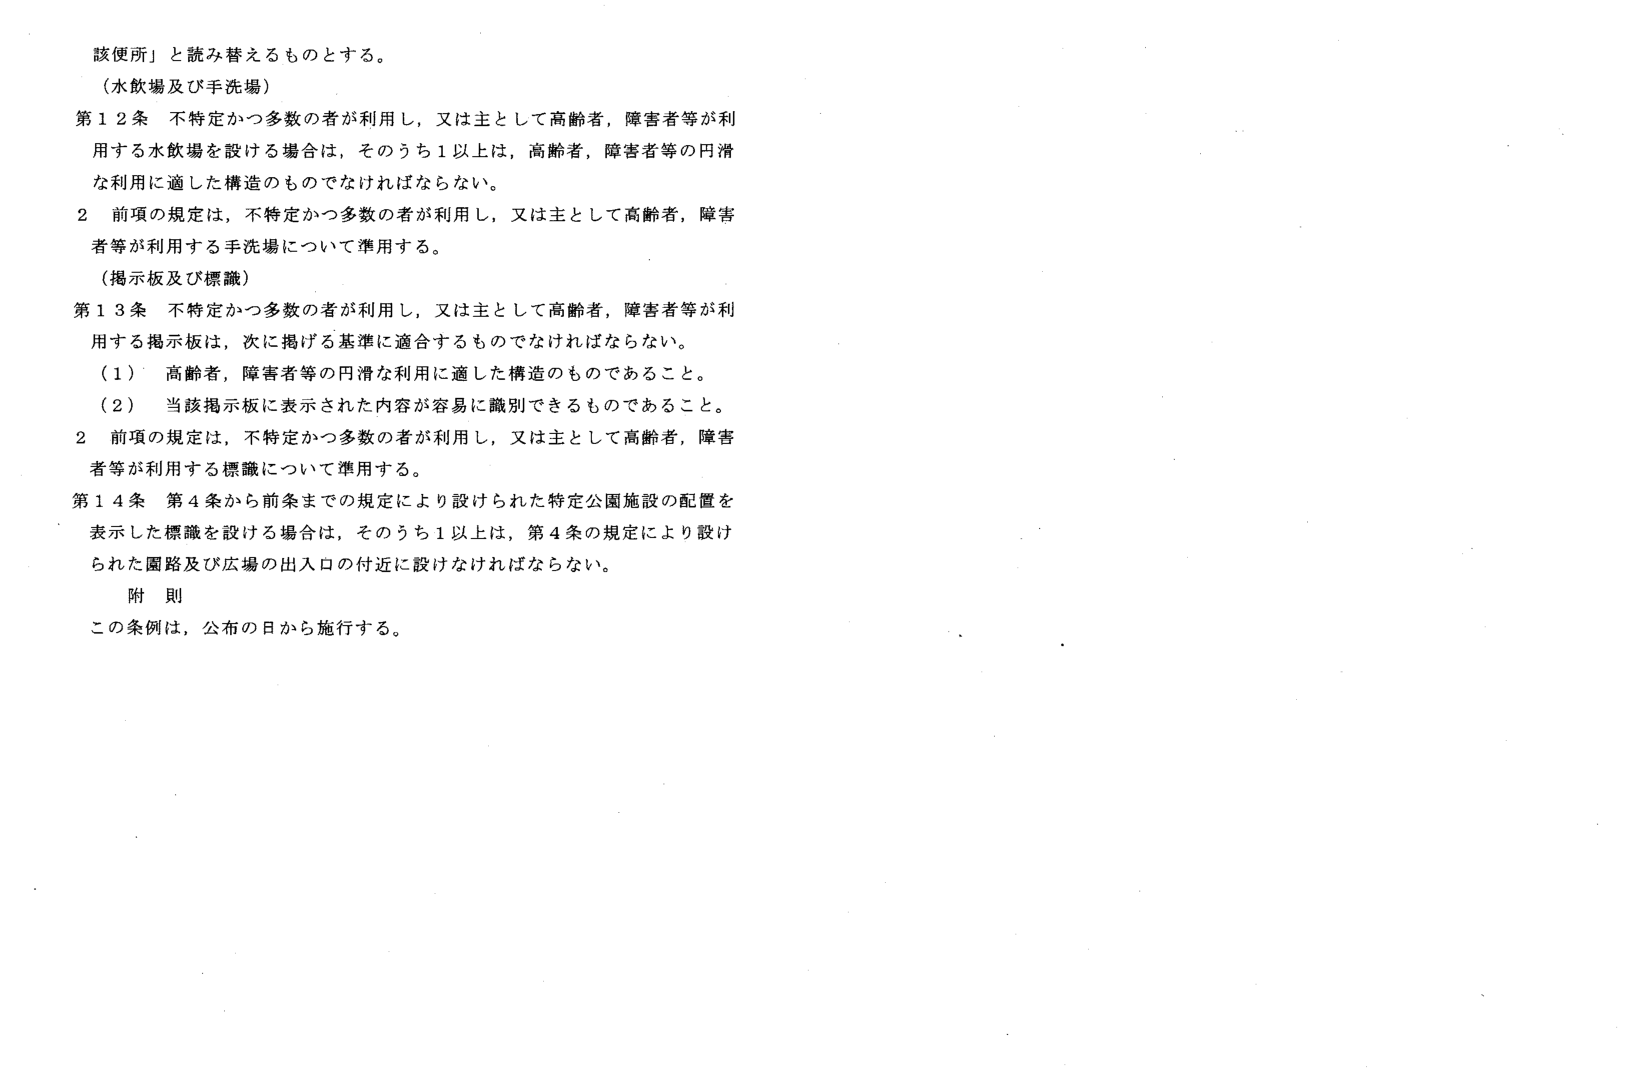
該便所」と読み替えるものとする。
（水飲場及び手洗場）
第12条 不特定かつ多数の者が利用し、又は主として高齢者、障害者等が利用する水飲場を設ける場合は、そのうち1以上は、高齢者、障害者等の円滑な利用に適した構造のものでなければならない。
2 前項の規定は、不特定かつ多数の者が利用し、又は主として高齢者、障害者等が利用する手洗場について準用する。
（掲示板及び標識）
第13条 不特定かつ多数の者が利用し、又は主として高齢者、障害者等が利用する掲示板は、次に掲げる基準に適合するものでなければならない。
（1） 高齢者、障害者等の円滑な利用に適した構造のものであること。
（2） 当該掲示板に表示された内容が容易に識別できるものであること。
2 前項の規定は、不特定かつ多数の者が利用し、又は主として高齢者、障害者等が利用する標識について準用する。
第14条 第4条から前条までの規定により設けられた特定公園施設の配置を表示した標識を設ける場合は、そのうち1以上は、第4条の規定により設けられた園路及び広場の出入口の付近に設けなければならない。
附 則
この条例は、公布の日から施行する。